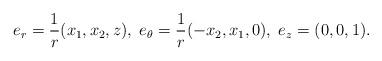
LaTeX: \begin{align*}e_r = \frac 1 r (x_1,x_2,z), \; e_{\theta}=\frac 1r (-x_2,x_1,0),\;e_z=(0,0,1).\end{align*}